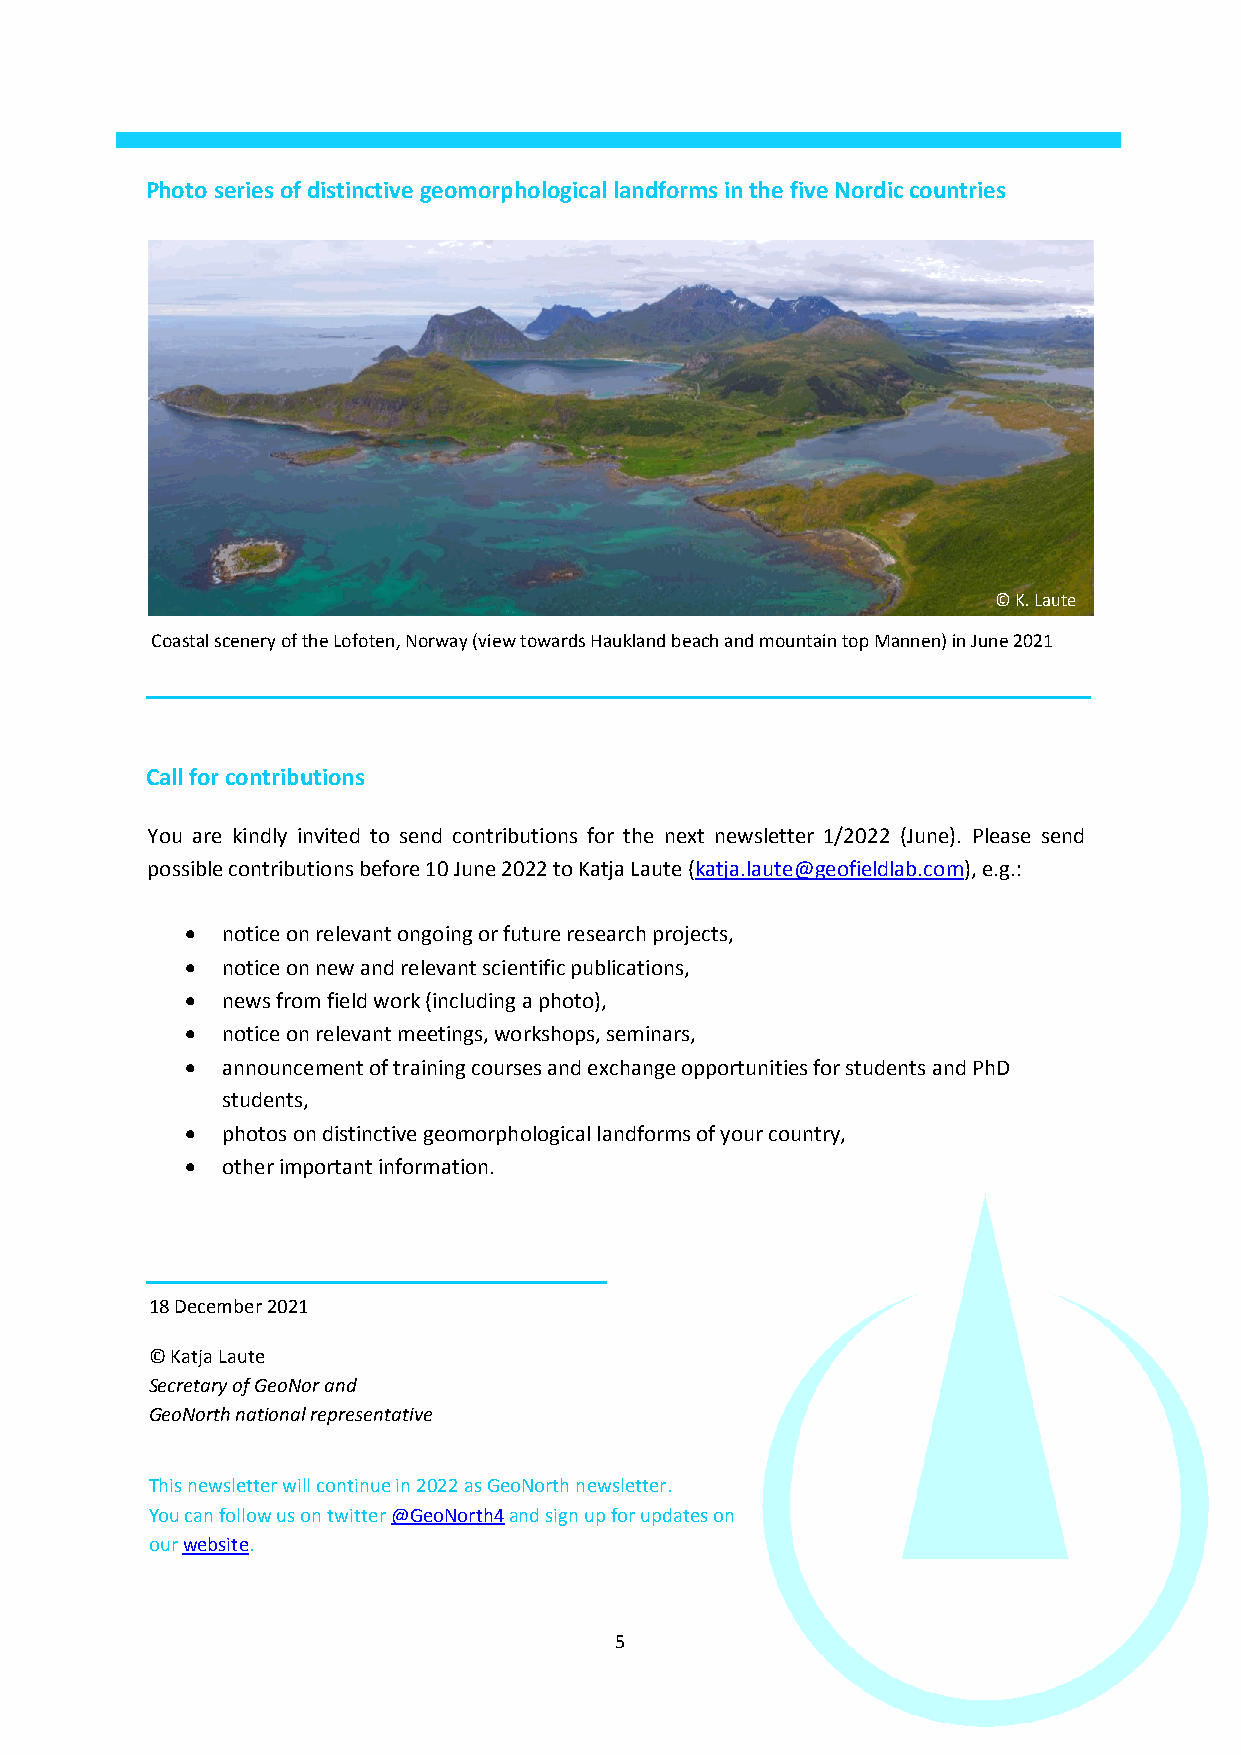
P hoto series of distinctive geomorphological landforms in the five Nordic countries
 © K. Laute
 Coastal scenery of the Lofoten, Norway (view towards Haukland beach and mountain top Mannen) in June 2021
 C all for contributions
 Y ou are kindly invited to send contributions for the next newsletter 1/2022 (June). Please send
 p ossible contributions before 10 June 2022 to Katja Laute (katja.laute@geofieldlab.com), e.g.:
   notice on relevant ongoing or future research projects,
   notice on new and relevant scientific publications,
   news from field work (including a photo),
   notice on relevant meetings, workshops, seminars,
   announcement of training courses and exchange opportunities for students and PhD
 students,
   photos on distinctive geomorphological landforms of your country,
   other important information.
 18 December 2021
 © Katja Laute
 Secretary of GeoNor and
 GeoNorth national representative
 This newsletter will continue in 2022 as GeoNorth newsletter.
 You can follow us on twitter @GeoNorth4 and sign up for updates on
 our website.
 5